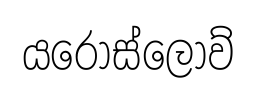
යරොස්ලොව්